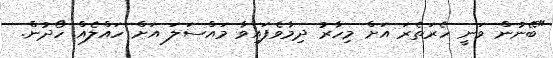
"ބޭނުން ވަނީ ހެރަތެރަ އަށް މިހާރު ދިމާވެފައިވާ މައްސަލަ އަށް ހައްލެއް ހޯދުން.